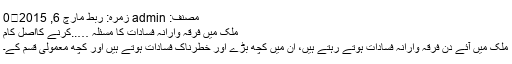
مصنف: admin زمرہ: ربط مارچ 6, 2015	0
ملک میں فرقہ وارانہ فسادات کا مسئلہ …..کرنے کااصل کام
ملک میں آئے دن فرقہ وارانہ فسادات ہوتے رہتے ہیں، ان میں کچھ بڑے اور خطرناک فسادات ہوتے ہیں اور کچھ معمولی قسم کے۔